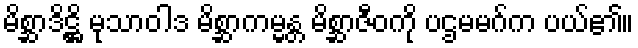
မိစ္ဆာဒိဋ္ဌိ မုသာဝါဒ မိစ္ဆာကမ္မန္တ မိစ္ဆာဇီဝကို ပဌမမဂ်က ပယ်၏။